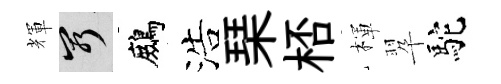
輝窮鷓浩琹桮楎翆駝